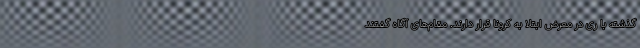
گذشته با ری در معرض ابتلا به کرونا قرار دارند. مقام‌های آگاه گفتند